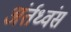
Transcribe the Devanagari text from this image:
अंर्तध्वंस